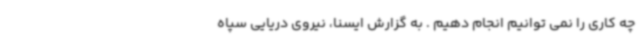
چه کاری را نمی توانیم انجام دهیم . به گزارش ایسنا، نیروی دریایی سپاه